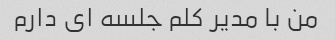
من با مدیر کلم جلسه ای دارم